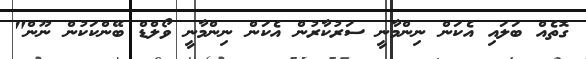
ގޮތެއް ބަލައި އެކަން ނިންމާނީ ސަރުކާރުން އެކަން ނިންމާނީ ވޯލްޑް ބޭންކަކުން ނޫން"